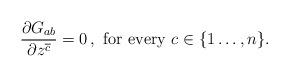
LaTeX: \begin{align*}\frac{\partial G_{ab}}{\partial z^{\overline{c}}}=0\,,\,\,{\rm for\,\,every}\,\,c\in\{1\ldots,n\}.\end{align*}